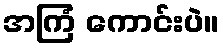
အကြံ ကောင်းပဲ။